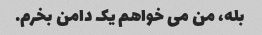
بله، من می خواهم یک دامن بخرم.